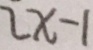
2 x - 1